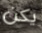
يكن